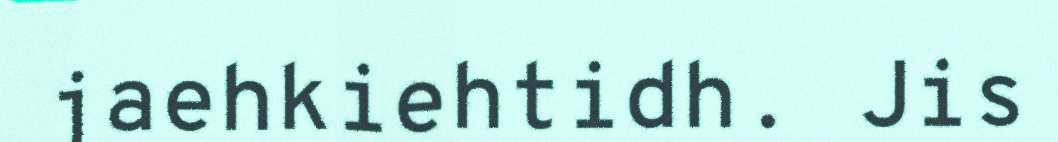
jaehkiehtidh. Jis